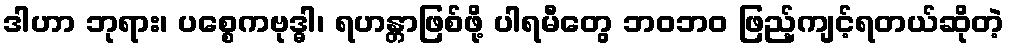
ဒါဟာ ဘုရား၊ ပစ္စေကဗုဒ္ဓါ၊ ရဟန္တာဖြစ်ဖို့ ပါရမီတွေ ဘဝဘဝ ဖြည့်ကျင့်ရတယ်ဆိုတဲ့